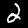
Label: 2